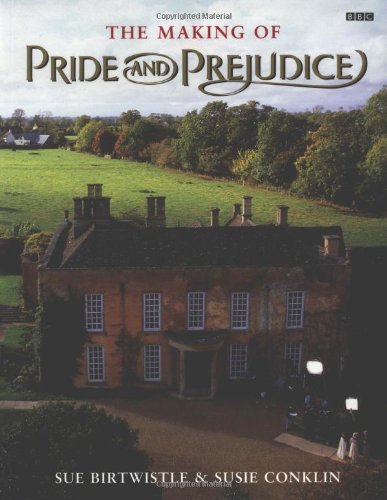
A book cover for The Making of Pride and Prejudice (BBC); Susie Conklin; Humor & Entertainment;